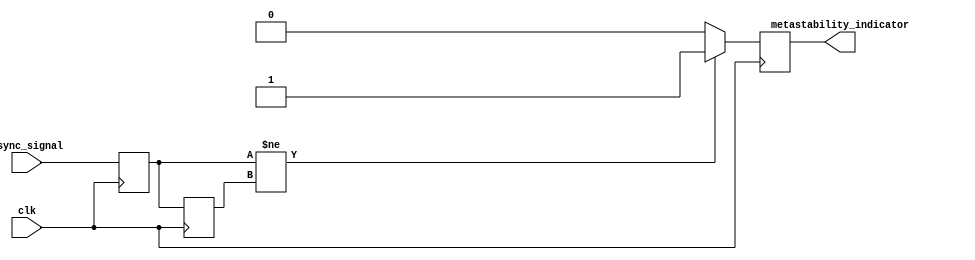
module metastability_detector (
    input wire clk,             // Clock signal
    input wire async_signal,    // Asynchronous input signal
    output reg metastability_indicator // Output indicating a metastable condition
);

// Two edge-triggered D flip-flops
reg ff1_out; // Output of the first flip-flop
reg ff2_out; // Output of the second flip-flop

// Edge-triggered D flip-flop for the first stage
always @(posedge clk) begin
    ff1_out <= async_signal; // Sample the asynchronous signal
end

// Edge-triggered D flip-flop for the second stage
always @(posedge clk) begin
    ff2_out <= ff1_out;       // Sample the output of the first flip-flop
end

// Metastability detection logic
always @(posedge clk) begin
    if (ff1_out != ff2_out) begin
        metastability_indicator <= 1'b1; // Metastability detected
    end else begin
        metastability_indicator <= 1'b0; // No metastability detected
    end
end

endmodule